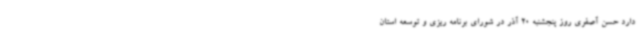
دارد حسن آصفری روز پنجشنبه 20 آذر در شورای برنامه ریزی و توسعه استان